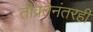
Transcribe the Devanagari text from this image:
तीव्रतेनंतरही